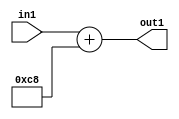
`timescale 1ps / 1ps
/*****************************************************************************
    Verilog RTL Description
    
    
    Created by: Stratus DpOpt 2019.1.01 
*******************************************************************************/

module DC_Filter_Add_12U_23_1 (
	in1,
	out1
	); /* architecture "behavioural" */ 
input [11:0] in1;
output [11:0] out1;
wire [11:0] asc001;

assign asc001 = 
	+(in1)
	+(12'B000011001000);

assign out1 = asc001;
endmodule

/* CADENCE  urnwSgw= : u9/ySgnWtBlWxVPRXgAZ4Og= ** DO NOT EDIT THIS LINE ******/